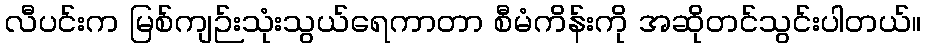
လီပင်းက မြစ်ကျဉ်းသုံးသွယ်ရေကာတာ စီမံကိန်းကို အဆိုတင်သွင်းပါတယ်။